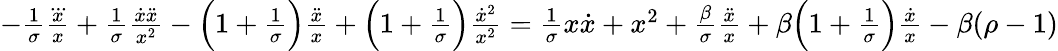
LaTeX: \begin{array}{r}{-\frac{1}{\sigma}\frac{\dddot{x}}{x}+\frac{1}{\sigma}\frac{\dot{x}\ddot{x}}{x^{2}}-\Big(1+\frac{1}{\sigma}\Big)\frac{\ddot{x}}{x}+\Big(1+\frac{1}{\sigma}\Big)\frac{\dot{x}^{2}}{x^{2}}=\frac{1}{\sigma}x\dot{x}+x^{2}+\frac{\beta}{\sigma}\frac{\ddot{x}}{x}+\beta\Big(1+\frac{1}{\sigma}\Big)\frac{\dot{x}}{x}-\beta(\rho-1)}\end{array}